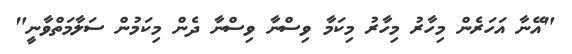
"އޭނާ އަހަރެން މިހާރު މިހާރު މިކަމާ ވިސްނާ ވިސްނާ ދެން މިކަމުން ސަލާމަތްވާނީ"